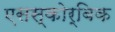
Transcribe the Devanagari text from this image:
एसस्कोर्बिक